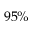
9 5 \%